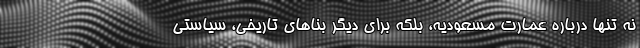
نه تنها درباره عمارت مسعودیه، بلکه برای دیگر بناهای تاریخی، سیاستی